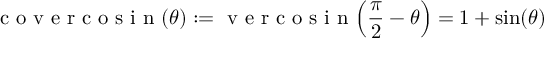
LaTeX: { \textrm { c o v e r c o s i n } } ( \theta ) : = { \textrm { v e r c o s i n } } \! \left( { \frac { \pi } { 2 } } - \theta \right) = 1 + \sin ( \theta )